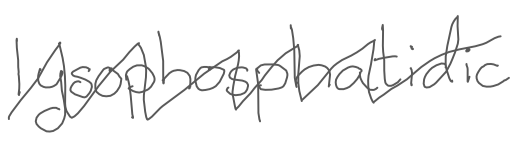
Text: lysophosphatidic
Cross-out: zig-zag
Writing tool: digital_gray